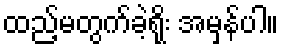
ထည့်မတွက်ခဲ့ရိုး အမှန်ပါ။